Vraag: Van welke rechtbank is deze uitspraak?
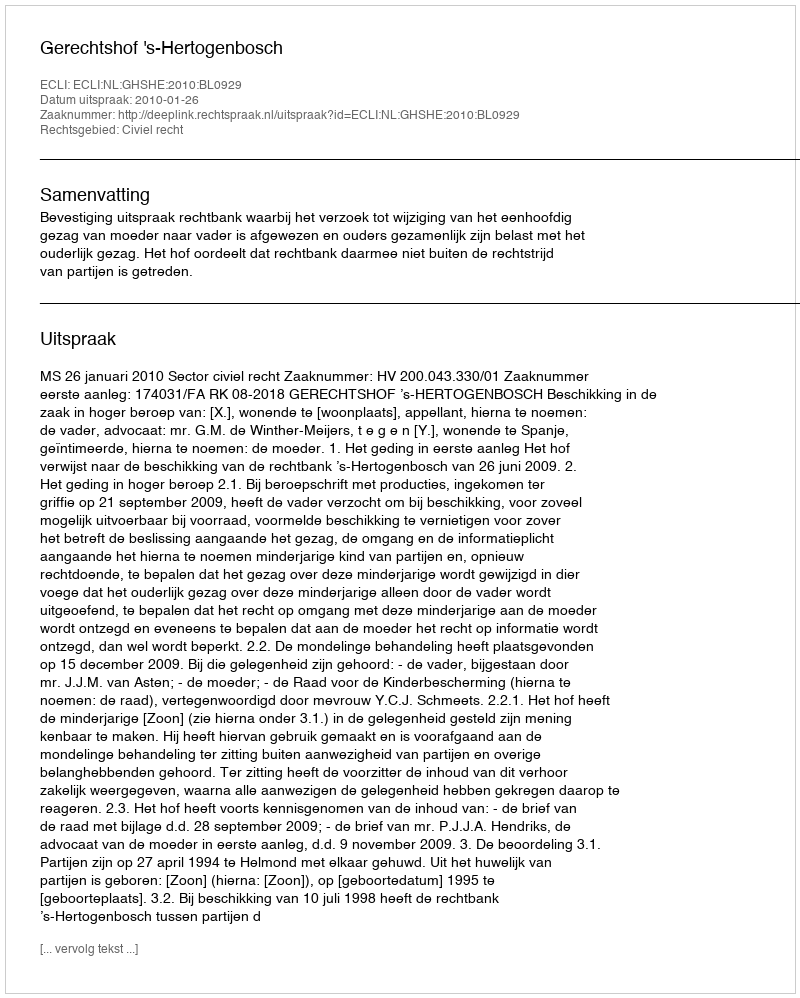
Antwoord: Gerechtshof 's-Hertogenbosch